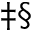
^ { \ddagger \mathsection }